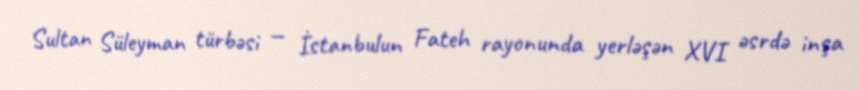
Sultan Süleyman türbəsi — İstanbulun Fateh rayonunda yerləşən XVI əsrdə inşa